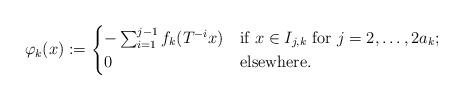
LaTeX: \begin{align*}\varphi_k(x):=\begin{cases}-\sum_{i=1}^{j-1}f_k(T^{-i}x)&\textrm{if }x\in I_{j,k}\textrm{ for } j=2,\dots, 2a_k;\\0 &\textrm{elsewhere}.\end{cases}\end{align*}